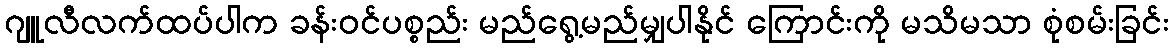
ဂျူလီလက်ထပ်ပါက ခန်းဝင်ပစ္စည်း မည်ရွေ့မည်မျှပါနိုင် ကြောင်းကို မသိမသာ စုံစမ်းခြင်း